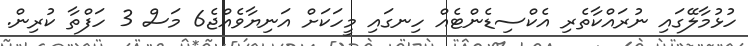
ހުޅުމާލޭގައި ނުރައްކާތެރި އެކްސިޑެންޓެއް ހިނގައި މީހަކަށް އަނިޔާވެއްޖެ6 މަސް 3 ހަފްތާ ކުރިން.